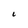
Character: l